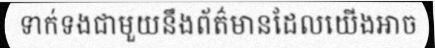
ទាក់ទងជាមួយនឹងព័ត៌មានដែលយើងអាច